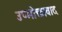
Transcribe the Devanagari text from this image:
उप्भोक्तावाद